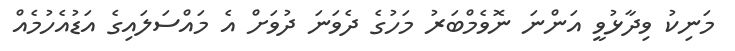
މަނިކު ވިދާޅުވީ އަންނަ ނޮވެމްބަރު މަހުގެ ދެވަނަ ދުވަށް އެ މައްސަލައިގެ އަޑުއެހުމެއް